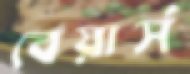
বেয়ার্স